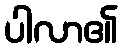
ပါလာ၏